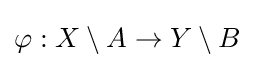
\varphi :X\setminus A\to Y\setminus B